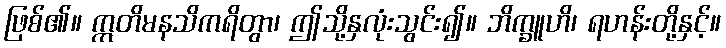
ဖြစ်၏။ ဣတိမနသိကရိတွာ၊ ဤသို့နှလုံးသွင်း၍။ ဘိက္ခူဟိ၊ ရဟန်းတို့နှင့်။